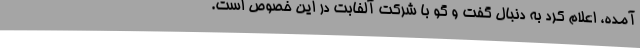
آمده، اعلام کرد به دنبال گفت و گو با شرکت آلفابت در این خصوص است.